Notes on vaccination in the North-West Frontier Province 1923-1928 - 1923-1928
Year: 1923
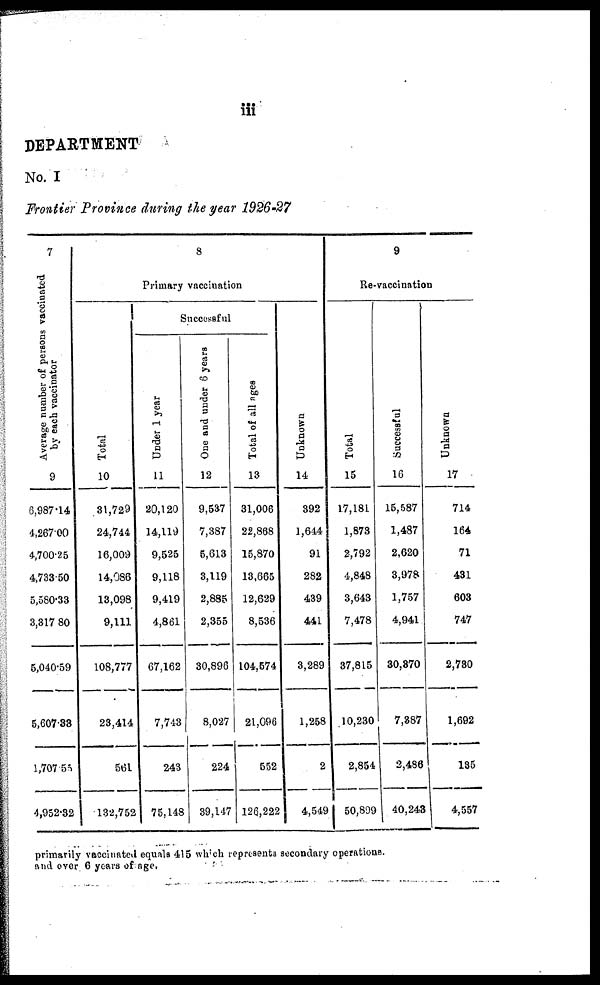
iii
DEPARTMENT
No. I
Frontier Province during the year 1926-27
7
Average number of persons vaccinated
by each vaccinator
9
6,987.14
4,267.00
4,700.25
4,733.50
5,580.33
3,317.80
5,040.59
5,607.33
1,707.55
4,952.32
8
Primary vaccination
Total
10
31,729
24,744
16,009
14,086
13,098
9,111
108,777
23,414
561
132,752
Successful
Under 1 year
11
20,120
14,119
9,525
9,118
9,419
4,861
67,162
7,743
243
75,148
One and under 6 years
12
9,537
7,387
5,613
3,119
2,885
2,355
30,896
8,027
224
39,147
Total of all ages
13
31,006
22,868
15,870
13,665
12,629
8,536
104,574
21,096
552
126,222
Unknown
14
392
1,644
91
282
439
441
3,289
1,258
2
4,549
9
Re-vaccination
Total
15
17,181
1,873
2,792
4,848
3,643
7,478
37,815
10,230
2,854
50,899
Successful
16
15,587
1,487
2,620
3,978
1,757
4,941
30,370
7,387
2,486
40,243
Unknown
17
714
164
71
431
603
747
2,730
1,692
135
4,557
primarily vaccinated equals 415 which represents secondary operations.
and over 6 years of age.